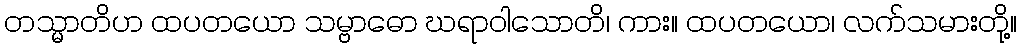
တသ္မာတိဟ ထပတယော သမ္ဗာဓော ဃရာဝါသောတိ၊ ကား။ ထပတယော၊ လက်သမားတို့။